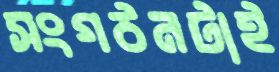
সংগঠনটাই